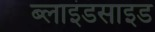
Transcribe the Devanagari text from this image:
ब्लाइंडसाइड